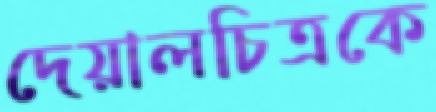
দেয়ালচিত্রকে